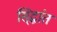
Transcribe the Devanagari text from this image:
सि्द्धांत